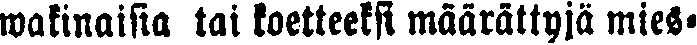
wakinaisia tai koetteeksi määrättyjä mies-